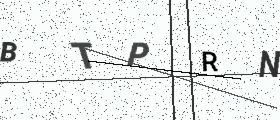
Text: BTPRN